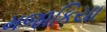
મજાકિયા